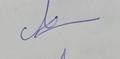
Signature authenticity: genuine